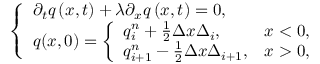
\left\lbrace \begin{array} { l } { \partial _ { t } q \left( x , t \right) + \lambda \partial _ { x } q \left( x , t \right) = 0 , } \\ { q ( x , 0 ) = \left\lbrace \begin{array} { l l } { q _ { i } ^ { n } + \frac { 1 } { 2 } \Delta x \Delta _ { i } , } & { x < 0 , } \\ { q _ { i + 1 } ^ { n } - \frac { 1 } { 2 } \Delta x \Delta _ { i + 1 } , } & { x > 0 , } \end{array} \right. } \end{array} \right.